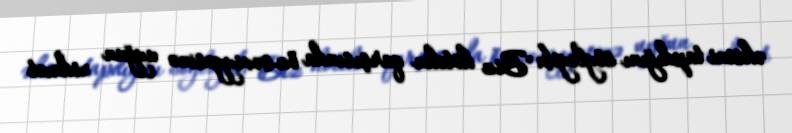
əksini tapdığını söyləyib: "Biz hotelin qarşısında öz səviyyəsinə uyğun xidmət